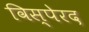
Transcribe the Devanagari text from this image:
विस्पेरद